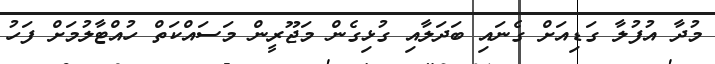
މުދާ އުފުލާ ގަޑިއަށް ގެނައި ބަދަލާއި ގުޅިގެން މަޖޫރީން މަސައްކަތް ހުއްޓާލުމަށް ފަހު